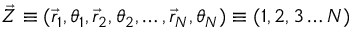
\vec { Z } \equiv ( \vec { r } _ { 1 } , \theta _ { 1 } , \vec { r } _ { 2 } , \theta _ { 2 } , \ldots , \vec { r } _ { N } , \theta _ { N } ) \equiv ( 1 , 2 , 3 \ldots N )